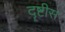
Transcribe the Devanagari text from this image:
दॄष्टीस